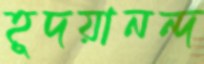
হূদয়ানন্দ